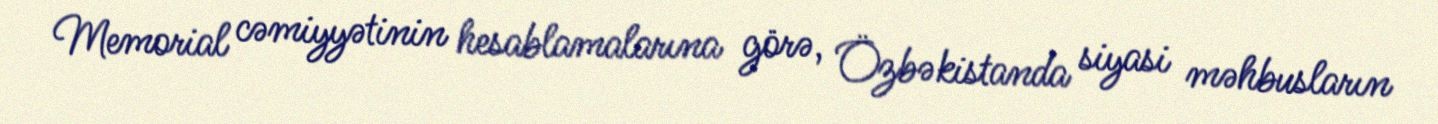
Memorial cəmiyyətinin hesablamalarına görə, Özbəkistanda siyasi məhbusların